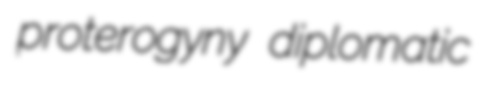
proterogyny diplomatic